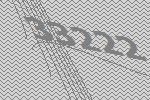
33222